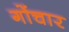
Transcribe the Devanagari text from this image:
गोंचार